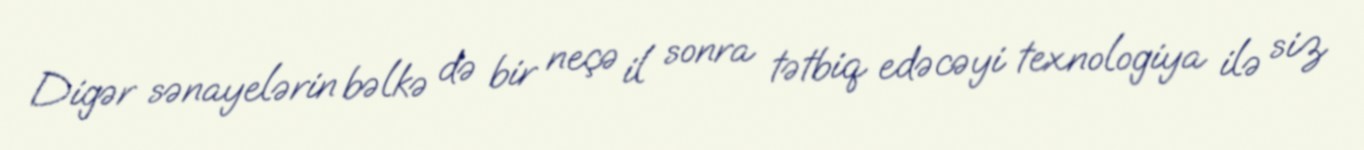
Digər sənayelərin bəlkə də bir neçə il sonra tətbiq edəcəyi texnologiya ilə siz